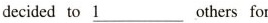
decided to \underline{1}others for